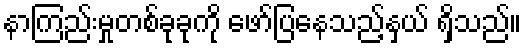
နာကြည်းမှုတစ်ခုခုကို ဖော်ပြနေသည့်နှယ် ရှိသည်။